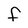
Character: F